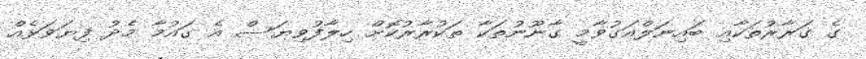
ގެ ގަރާރުތަކާއި ބައިނަލްއަގުވާމީ ގާނޫނުތަކާ ތަކުރާރުކޮށް ހިލާފުވިޔަސް އެ ގައުމާ މެދު ފިޔަވަޅެއް